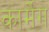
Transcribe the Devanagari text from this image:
कार्मेग